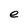
Character: e